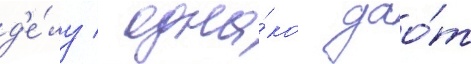
д'е́лу / одна́ко дао́т